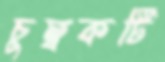
চুম্বকটি